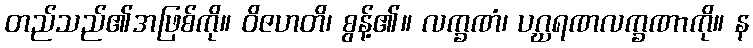
တည်သည်၏အဖြစ်ကို။ ဝိဇဟတိ၊ စွန့်၏။ လက္ခဏံ၊ ပဂ္ဃရဏလက္ခဏာကို။ န